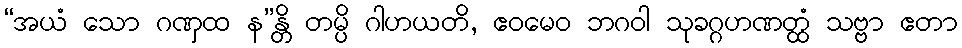
“အယံ သော ဂဏှထ န”န္တိ တမ္ပိ ဂါဟယတိ, ဧဝမေဝ ဘဂဝါ သုခဂ္ဂဟဏတ္ထံ သဗ္ဗာ ဧတာ